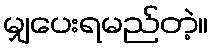
မျှပေးရမည်တဲ့။